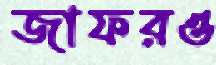
জাফরও